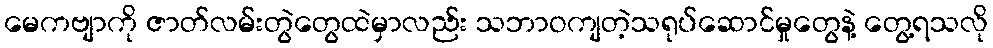
မေကဗျာကို ဇာတ်လမ်းတွဲတွေထဲမှာလည်း သဘာဝကျတဲ့သရုပ်ဆောင်မှုတွေနဲ့ တွေ့ရသလို